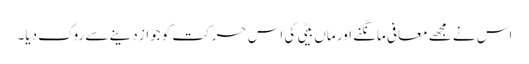
اس نے مجھے معافی مانگنے اور ماں بیٹی کی اس حرکت کو جواز دینے سے روک دیا۔